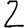
Digit: 2